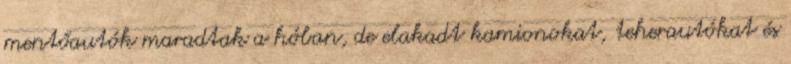
mentőautók maradtak a hóban, de elakadt kamionokat, teherautókat és